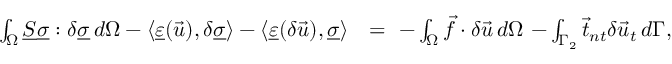
\begin{array} { r l } { \int _ { \Omega } \underline { { S } } \underline { { \sigma } } : \delta \underline { { \sigma } } \, d \Omega - \langle \underline { { \varepsilon } } ( \vec { u } ) , \delta \underline { { \sigma } } \rangle - \langle \underline { { \varepsilon } } ( \delta \vec { u } ) , \underline { { \sigma } } \rangle } & { = \ { - } \int _ { \Omega } \vec { f } \cdot \delta \vec { u } \, d \Omega \ { - } \int _ { \Gamma _ { 2 } } \vec { t } _ { n t } \delta \vec { u } _ { t } \, d \Gamma , } \end{array}